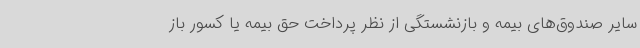
سایر صندوق‌های بیمه و بازنشستگی از نظر پرداخت حق بیمه یا کسور باز